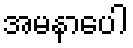
အမနာပေါ